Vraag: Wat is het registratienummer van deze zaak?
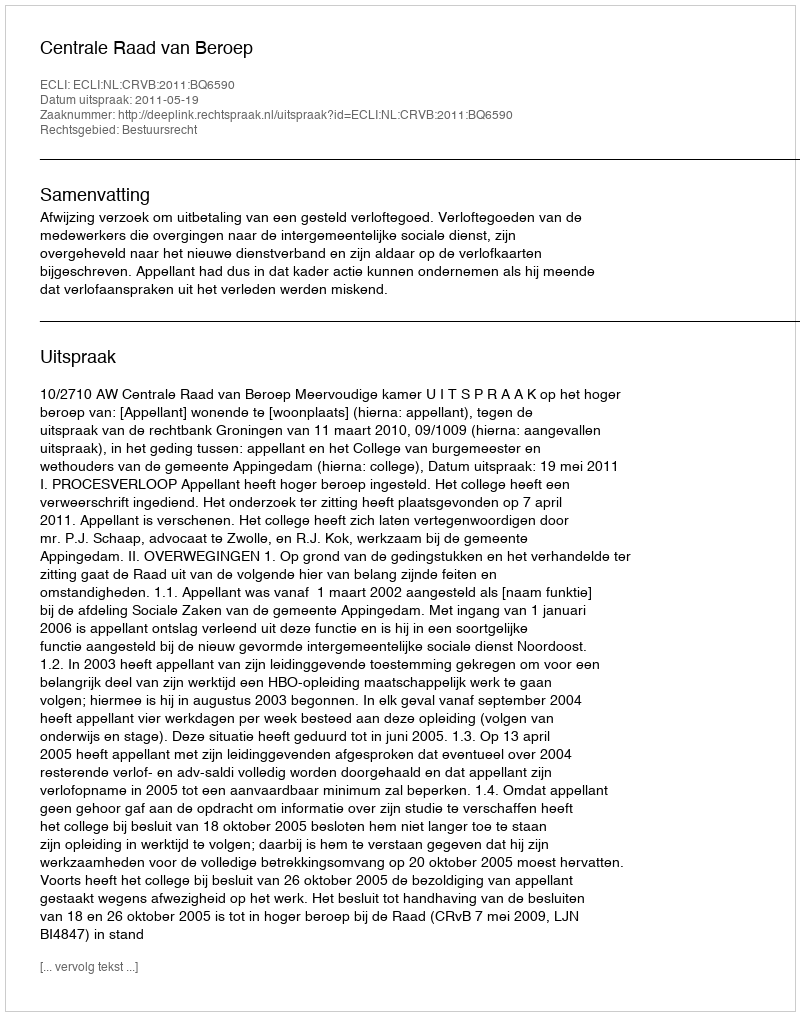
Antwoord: http://deeplink.rechtspraak.nl/uitspraak?id=ECLI:NL:CRVB:2011:BQ6590